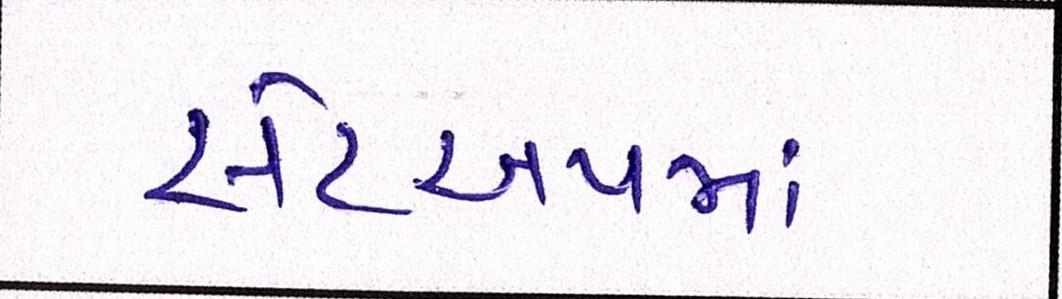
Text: સેટઅપમાં